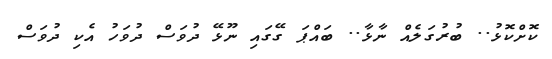
ކޮށްކޮޅު.. ބުރުގަލެއް ނާޅާ.. ބައްޕަ ގޭގައި ނޫޅޭ ދުވަސް ދުވަހު އެކި ދުވަސް